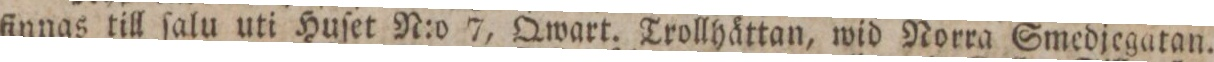
finnas till ſalu uti Huſet N:o 7, Qwart. Trollhättan, wid Norra Smedjegatan.